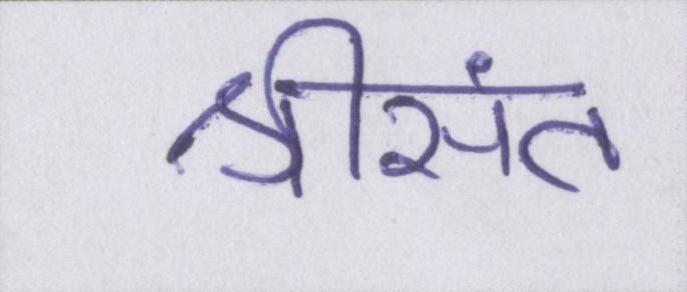
श्रीसंत